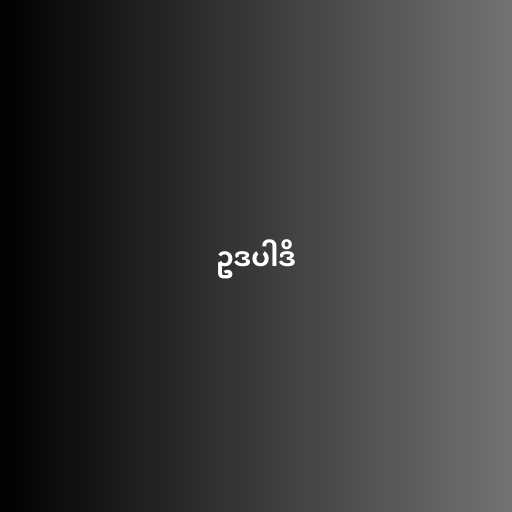
ဥဒပါဒိ